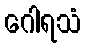
ဂေါရသံ